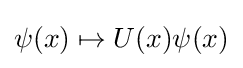
\psi (x)\mapsto U(x)\psi (x)